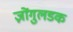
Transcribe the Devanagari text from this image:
ज़ोंगुलडक